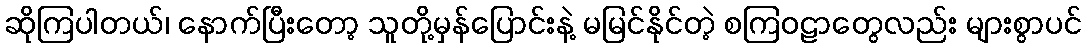
ဆိုကြပါတယ်၊ နောက်ပြီးတော့ သူတို့မှန်ပြောင်းနဲ့ မမြင်နိုင်တဲ့ စကြဝဠာတွေလည်း များစွာပင်